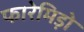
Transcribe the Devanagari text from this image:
फारेमिड़ो